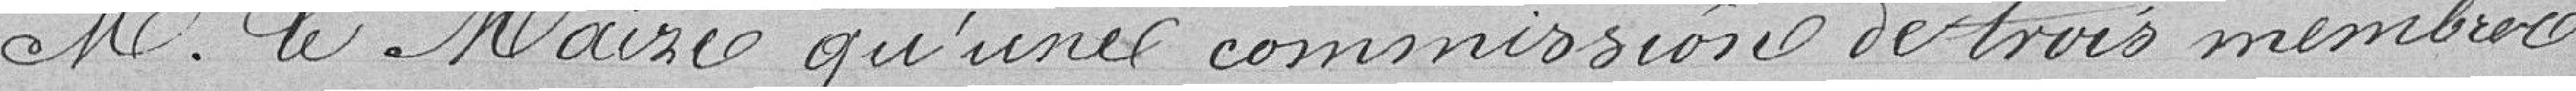
Monsieur le maire qu'une commission de trois membres